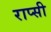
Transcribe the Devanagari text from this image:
राप्सी